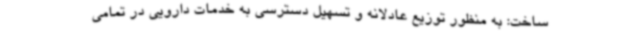
ساخت: به منظور توزیع عادلانه و تسهیل دسترسی به خدمات دارویی در تمامی